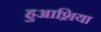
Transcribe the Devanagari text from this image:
हुआश़िया